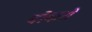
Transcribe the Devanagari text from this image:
बोकरो